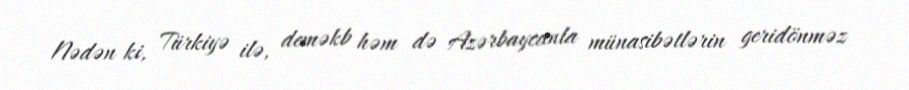
Nədən ki, Türkiyə ilə, deməkb həm də Azərbaycanla münasibətlərin geridönməz